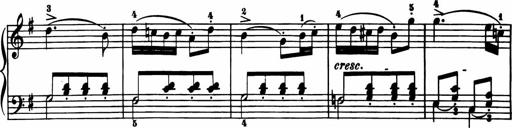
Title: 11 Sonatinas for Piano Solo
Composer: Anton Diabelli